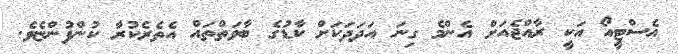
އެސްޓީއޯ އަކީ ރާއްޖެއަށް އެންމެ ގިނަ އަދަދަކަށް ކާޑުގެ ބާވަތްތައް އެތެރެކުރާ ކުންފުންޏެވެ.